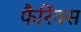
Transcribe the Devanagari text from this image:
फैरिंक्स